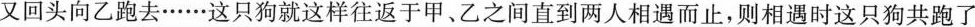
又回头向乙跑去……这只狗就这样往返于甲、乙之间直到两人相遇而止，则相遇时这只狗共跑了